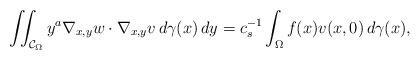
LaTeX: \begin{align*}\iint_{\mathcal{C}_{\Omega}}y^a\nabla_{x,y}w\cdot\nabla_{x,y}v\,d\gamma(x)\,dy=c_s^{-1}\int_{\Omega}f(x)v(x,0)\,d\gamma(x),\end{align*}